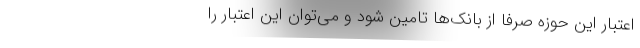
اعتبار این حوزه صرفاً از بانک‌ها تامین شود و می‌توان این اعتبار را